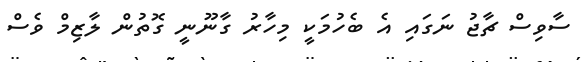
ސާވިސް ޗާޖު ނަގައި އެ ބެހުމަކީ މިހާރު ގާނޫނީ ގޮތުން ލާޒިމް ވެސް